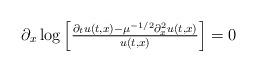
LaTeX: \begin{align*} \begin{array}{ll} \partial_x \log \left[ \frac{\partial_t u(t,x)-\mu^{-1/2} \partial_x^2 u(t,x)}{u(t,x)} \right] = 0\end{array} \end{align*}